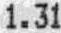
1.31